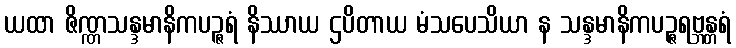
ယထာ ဇိဏ္ဏသန္ဒမာနိကပဉ္ဇရံ နိဿာယ ဌပိတာယ မံသပေသိယာ န သန္ဒမာနိကပဉ္ဇရဗ္ဘန္တရံ